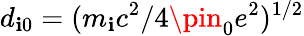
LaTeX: d_{\mathbf{i}0}=(m_{\mathbf{i}}c^{2}/4\pin_{0}e^{2})^{1/2}